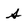
Character: s